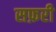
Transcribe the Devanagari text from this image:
सफ़री